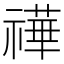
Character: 𥛵